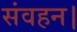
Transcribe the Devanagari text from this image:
संवहन।